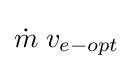
{\dot {m}}\;v_{e-opt}